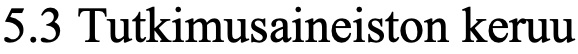
5.3 Tutkimusaineiston keruu